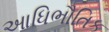
આધિભૌતિક